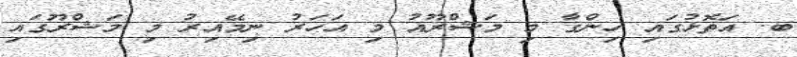
ބ. އަތޮޅުގައި ހިންގާ މި މަޝްރޫއު މި އަހަރު ނިމޭއިރު މި މަޝްރޫގައި